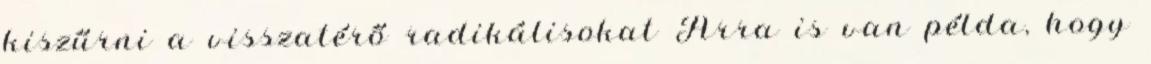
kiszűrni a visszatérő radikálisokat Arra is van példa, hogy